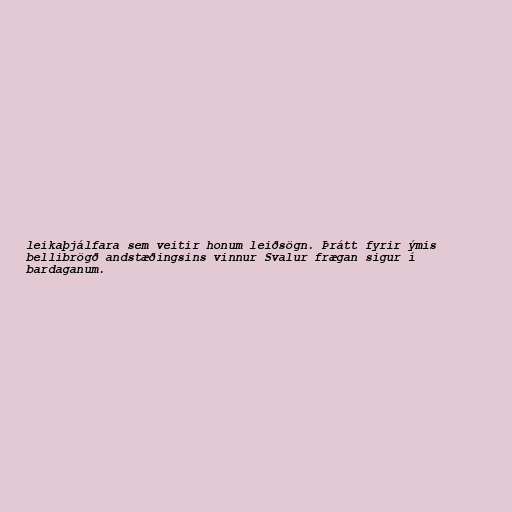
leikaþjálfara sem veitir honum leiðsögn. Þrátt fyrir ýmis
bellibrögð andstæðingsins vinnur Svalur frægan sigur í
bardaganum.